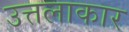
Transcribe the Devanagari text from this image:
उत्तलाकार